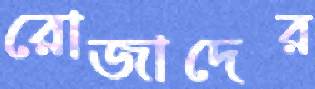
রোজাদের